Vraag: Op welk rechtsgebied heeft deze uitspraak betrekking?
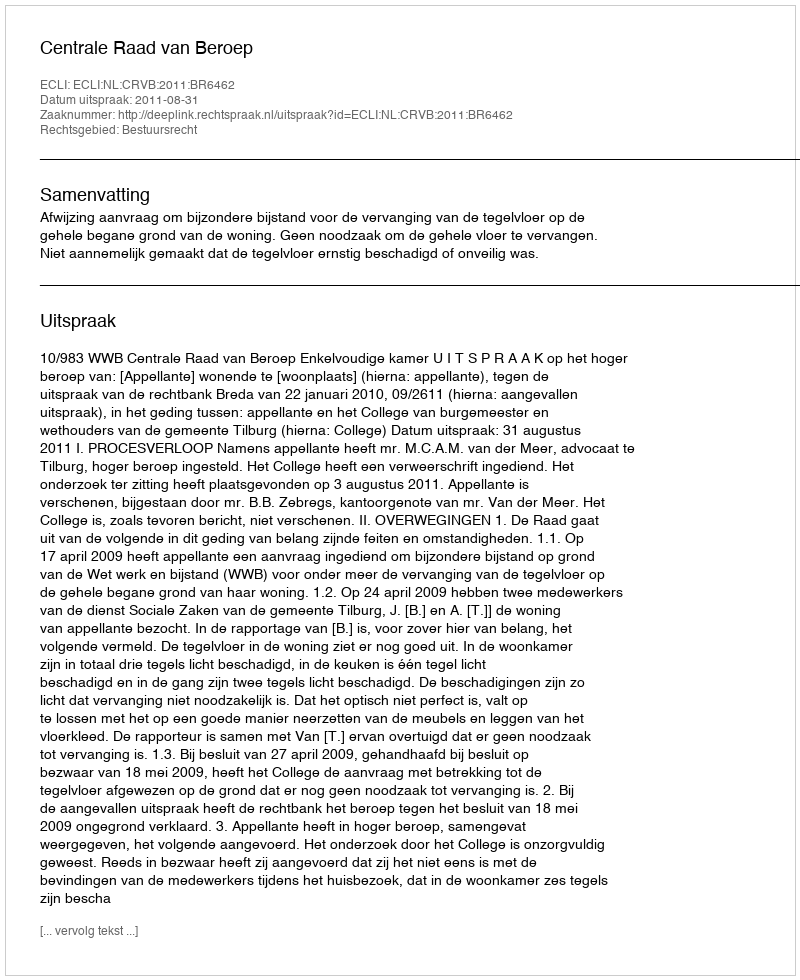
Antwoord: Bestuursrecht